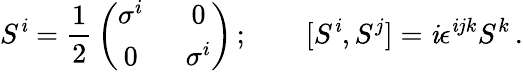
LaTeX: S^{\mathit{i}}={\frac{{1}}{{2}}}\left(\begin{array}{cc}{{\sigma^{i}~}}&{{~0}}\\ {{0~}}&{{~\sigma^{i}}}\end{array}\right)\, ;\qquad[S^{\mathit{i}},S^{j}]=\mathit{i}\epsilon^{\mathit{i}jk}S^{k}\, .